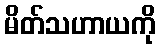
မိတ်သဟာယကို